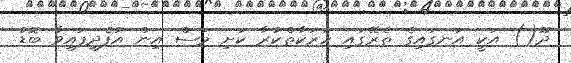
ދޫ() އަކީ އަނގައިގެ ތެރޭގައި ހަރަކާތްކުރާ ކަށި މަސް އިން އުފެދިފައިވާ ބޮޑު